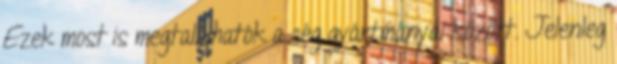
Ezek most is megtalálhatók a cég gyártmányai között. Jelenleg